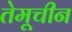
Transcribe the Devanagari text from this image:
तेमूचीन